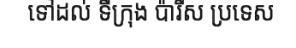
ទៅដល់ ទីក្រុង ប៉ារីស ប្រទេស